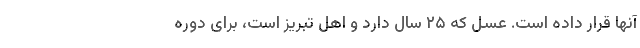
آنها قرار داده است. عسل که ۲۵ سال دارد و اهل تبریز است، برای دوره